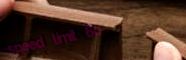
speed limit 60